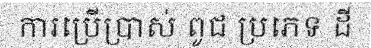
ការប្រើប្រាស់ ពូជ ប្រភេទ ដី